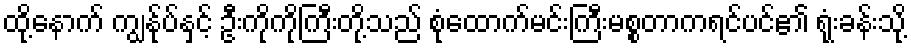
ထို့နောက် ကျွန်ုပ်နှင့် ဦးကိုကိုကြီးတို့သည် စုံထောက်မင်းကြီးမစ္စတာကရင်ပင်၏ ရုံးခန်းသို့